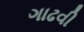
ગાઢવી